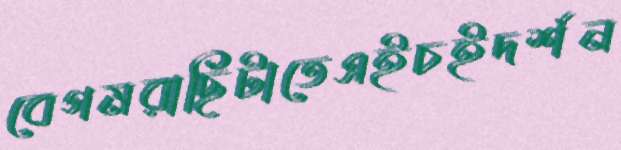
বেগমরাছিটাতেএইচইদর্শন